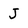
Character: J